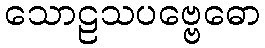
သောဠသပဗ္ဗေဓော